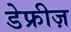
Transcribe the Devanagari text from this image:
डेफ्रीज़